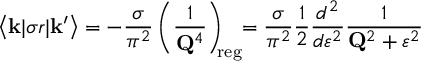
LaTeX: \big < { \bf k } | \sigma r | { \bf k ^ { \prime } } \big > = - \frac { \sigma } { \pi ^ { 2 } } \left( \frac { 1 } { { \bf Q } ^ { 4 } } \right) _ { \! \! \mathrm { r e g } } \! \! = \frac { \sigma } { \pi ^ { 2 } } \frac { 1 } { 2 } \frac { d ^ { 2 } } { d \varepsilon ^ { 2 } } \frac { 1 } { { \bf Q } ^ { 2 } + \varepsilon ^ { 2 } }